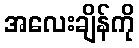
အလေးချိန်ကို